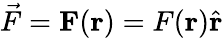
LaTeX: {\vec{F}}=\mathbf{F}(\mathbf{r})=F(\mathbf{r}){\hat{\mathbf{r}}}